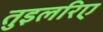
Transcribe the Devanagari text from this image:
तुइलरिए